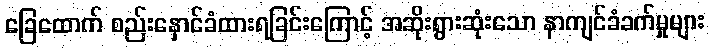
ခြေထောက် စည်းနှောင်ခံထားရခြင်းကြောင့် အဆိုးရွားဆုံးသော နာကျင်ခံခက်မှုများ